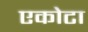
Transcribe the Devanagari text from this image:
एकोटा